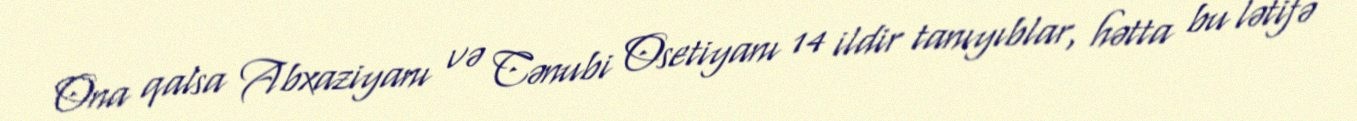
Ona qalsa Abxaziyanı və Cənubi Osetiyanı 14 ildir tanıyıblar, hətta bu lətifə